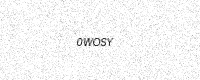
Text: 0WOSY